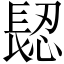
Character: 𨲅